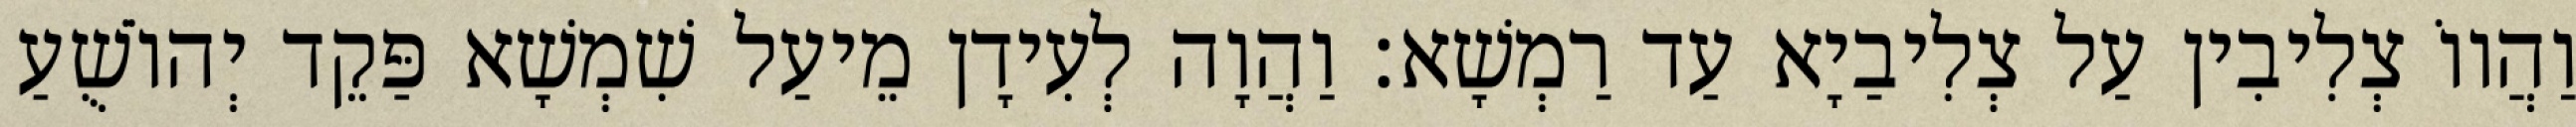
וַהֲווֹ צְלִיבִין עַל צְלִיבַיָא עַד רַמְשָׁא׃ וַהֲוָה לְעִידָן מֵיעַל שִׁמְשָׁא פַּקֵד יְהוֹשֻׁעַ